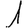
Digit: 1